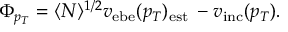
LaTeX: \Phi _ { p _ { T } } = \langle N \rangle ^ { 1 / 2 } v _ { \mathrm { e b e } } ( p _ { T } ) _ { \mathrm { e s t \Phi } } - v _ { \mathrm { i n c } } ( p _ { T } ) .